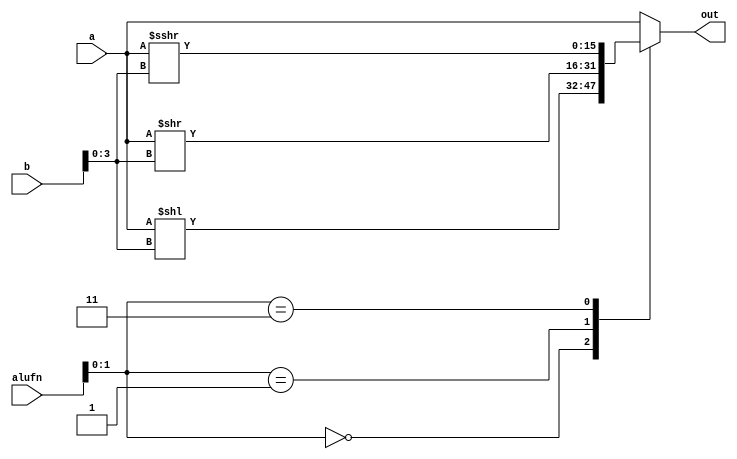
module shifter_12 (
    input [6:0] alufn,
    input [15:0] a,
    input [15:0] b,
    output reg [15:0] out
  );
  
  
  
  always @* begin
    
    case (alufn[0+1-:2])
      2'h0: begin
        out = a << b[0+3-:4];
      end
      2'h1: begin
        out = a >> b[0+3-:4];
      end
      2'h3: begin
        out = $signed(a) >>> b[0+3-:4];
      end
      default: begin
        out = a;
      end
    endcase
  end
endmodule